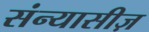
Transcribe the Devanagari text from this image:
संन्यासीज़